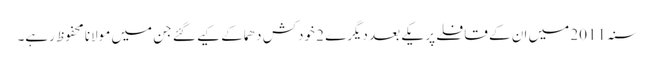
سنہ 2011 میں ان کے قافلے پر یکے بعد دیگرے 2 خودکش دھماکے کیے گئے جن میں مولانا محفوظ رہے۔